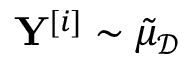
\mathbf { Y } ^ { [ i ] } \sim \tilde { \mu } _ { \mathcal { D } }